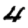
Digit: 4